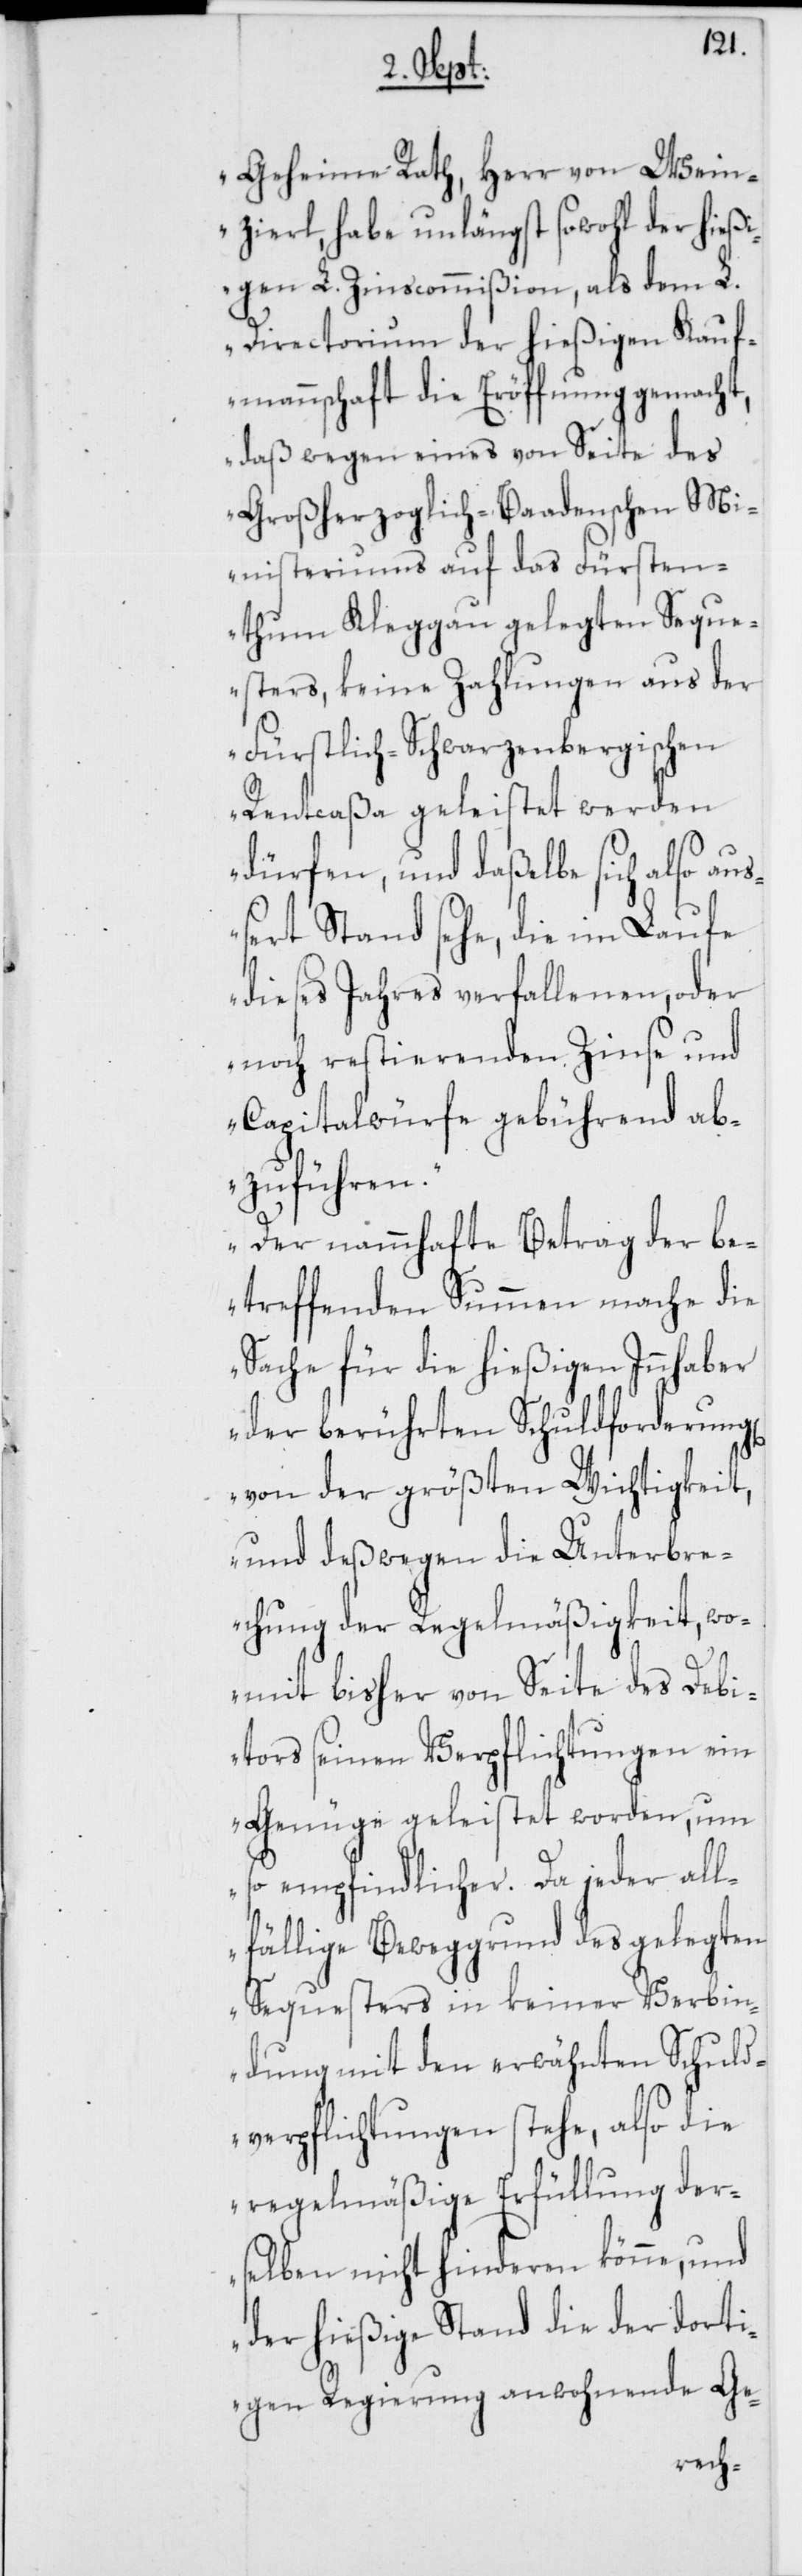
g[en]
Geheime Rath, Herr von Wein¬
zierl, habe unlängst sowohl der hießi¬
gen L. Zinscommißion, als dem L.
Directorium der hießigen Kauf¬
mannschaft die Eröffnung gemacht,
daß wegen eines von Seite des
Großherzoglich-Baadenschen Mi¬
nisteriums auf das Fürsten¬
thum Kleggau gelegten Sequ¬
esters, keine Zahlungen aus der
Fürstlich-Schwarzenbergischen
Rentcaßa geleistet werden
dürfen, und daßelbe sich also au¬
ßert Stand sehe, die im Laufe
dieses Jahres verfallenen, oder
noch restierenden Zinse und
Capitalwürfe gebührend ab¬
zuführen.
Der nammhafte Betrag der be¬
treffenden Summen mache die
Sache für die hießigen Innhaber
der berührten Schuldforderun¬
von der größten Wichtigkeit,
und deßwegen die Unterbre¬
chung der Regelmäßigkeit, wo¬
mit bisher von Seite des Debi¬
tors seinen Verpflichtungen ein
Genüge geleistet worden, um
so empfindlicher. Da jeder all¬
fällige Beweggrund des gelegten
Sequesters in keiner Verbin¬
dung mit den erwähnten Schuld¬
verpflichtungen stehe, also die
regelmäßige Erfüllung der¬
selben nicht hinderen könne, und
der hießige Stand die der dorti¬
gen Regierung anwohnende Ge-